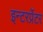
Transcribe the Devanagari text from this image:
इन्टरर्प्रेटर